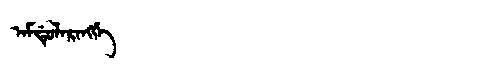
Manchu: ᠠᠮᡩᡠᠯᠠᡵᠠᠩᡤᡝ
Romanization: AMDULARANGGE